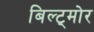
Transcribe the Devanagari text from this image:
बिल्ट्मोर